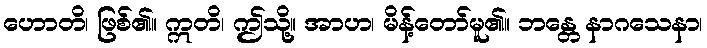
ဟောတိ၊ ဖြစ်၏။ ဣတိ၊ ဤသို့။ အာဟ၊ မိန့်တော်မူ၏။ ဘန္တေ နာဂသေနာ၊